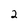
Character: 2